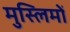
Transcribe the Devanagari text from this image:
मुस्‍लिमों